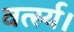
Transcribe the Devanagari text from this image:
वर्त्स्य।